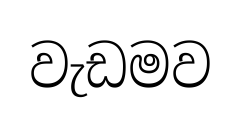
වැඩමව